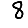
Digit: 8